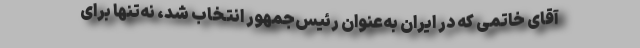
آقای خاتمی که در ایران به‌عنوان رئیس‌جمهور انتخاب شد، نه‌تنها برای